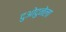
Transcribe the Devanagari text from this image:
दुओदुनेला